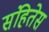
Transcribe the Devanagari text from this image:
संहितेस